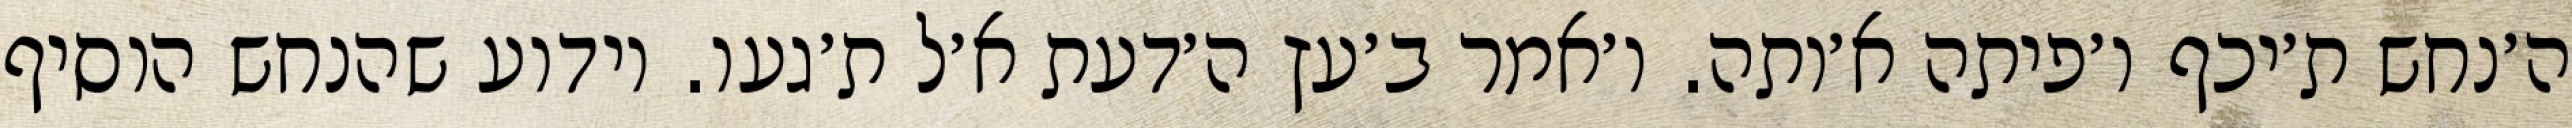
ה׳נחש ת׳יכף ו׳פיתה א׳ותה. ו׳אמר ב׳עץ ה׳דעת א׳ל ת׳געו. וידוע שהנחש הוסיף